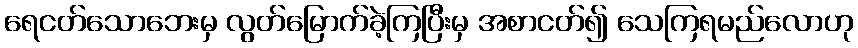
ရေငတ်သောဘေးမှ လွတ်မြောက်ခဲ့ကြပြီးမှ အစာငတ်၍ သေကြရမည်လောဟု